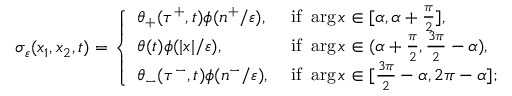
\sigma _ { \varepsilon } ( x _ { 1 } , x _ { 2 } , t ) = \left\{ \begin{array} { l l } { \theta _ { + } ( \tau ^ { + } , t ) \phi ( n ^ { + } / \varepsilon ) , } & { \mathrm { ~ i f ~ } \arg x \in [ \alpha , \alpha + \frac { \pi } { 2 } ] , } \\ { \theta ( t ) \phi ( | x | / \varepsilon ) , } & { \mathrm { ~ i f ~ } \arg x \in ( \alpha + \frac { \pi } { 2 } , \frac { 3 \pi } { 2 } - \alpha ) , } \\ { \theta _ { - } ( \tau ^ { - } , t ) \phi ( n ^ { - } / \varepsilon ) , } & { \mathrm { ~ i f ~ } \arg x \in [ \frac { 3 \pi } { 2 } - \alpha , 2 \pi - \alpha ] ; } \end{array} \right.